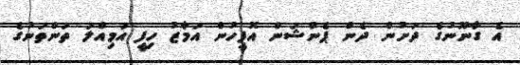
އެ ގާނޫނުގެ ދަށުން ދެން ޕެންޝަން އޮފީހުން އަމާޒު ހިފީ އަމިއްލަ ތަންތަނުގެ